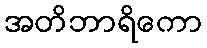
အတိဘာရိကော